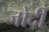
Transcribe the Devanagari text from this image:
जोदी